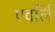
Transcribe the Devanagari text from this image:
एवर्लि